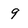
Character: 9